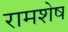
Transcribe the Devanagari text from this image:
रामशेष